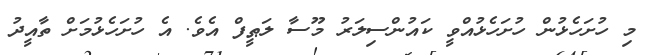
މި ހުށަހެޅުން ހުށަހެޅުއްވީ ކައުންސިލަރު މޫސާ ލަޠީފް އެވެ. އެ ހުށަހެޅުމަށް ތާއީދު